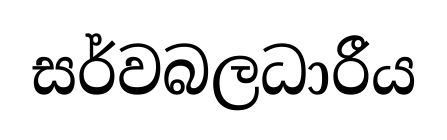
සර්වබලධාරීය